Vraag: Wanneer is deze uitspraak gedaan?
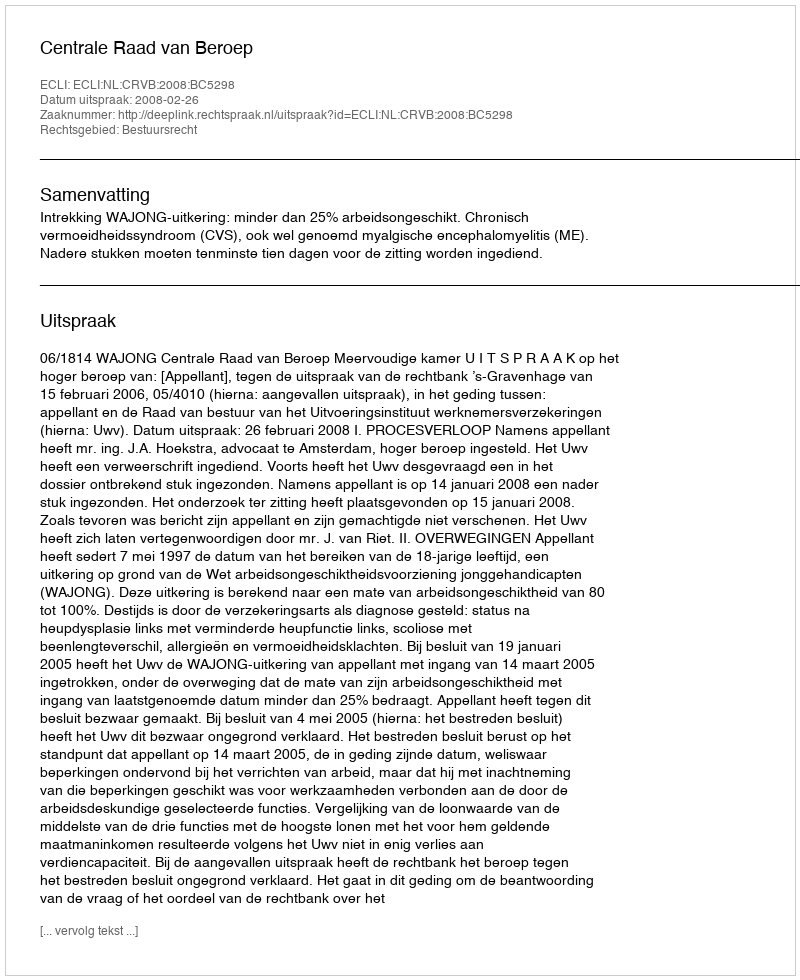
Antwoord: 2008-02-26